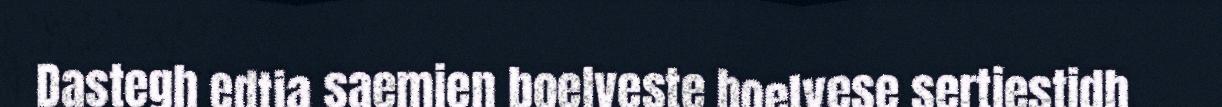
Dastegh edtja saemien boelveste boelvese sertiestidh